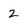
Character: 2